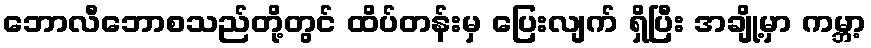
ဘောလီဘောစသည်တို့တွင် ထိပ်တန်းမှ ပြေးလျက် ရှိပြီး အချို့မှာ ကမ္ဘာ့